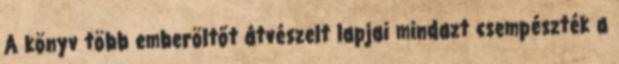
A könyv több emberöltőt átvészelt lapjai mindazt csempészték a